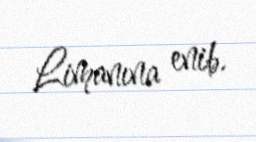
Limanına enib.